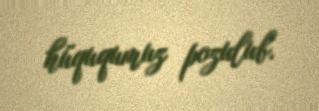
hüququmuz pozulub.